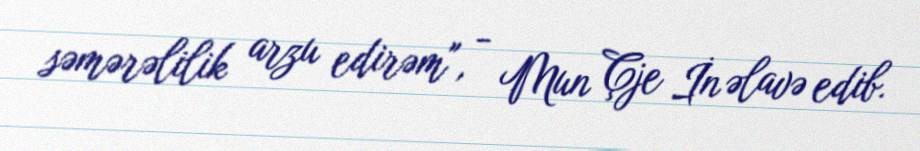
səmərəlilik arzu edirəm", - Mun Çje İn əlavə edib.